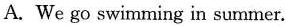
A.We go swimming in summer.